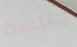
جليسة